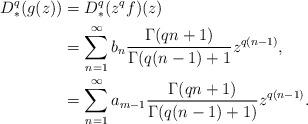
LaTeX: \begin{align*}D_*^q(g(z)) &= D_*^q(z^qf)(z)\\&=\sum_{n=1}^{\infty} b_n\frac{\Gamma(qn+1)}{\Gamma(q(n-1)+1}z^{q(n-1)},\\&=\sum_{n=1}^{\infty}a_{m-1}\frac{\Gamma(qn+1)}{\Gamma(q(n-1)+1)}z^{q(n-1)}.\end{align*}